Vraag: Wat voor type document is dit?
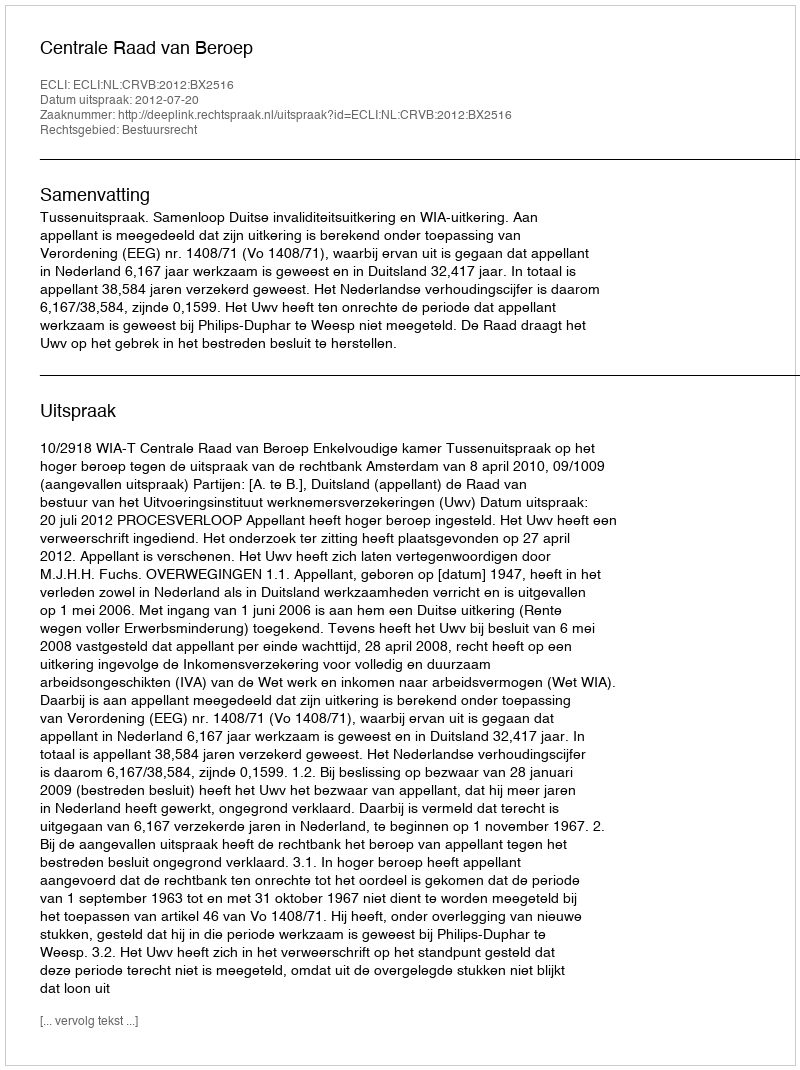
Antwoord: Uitspraak